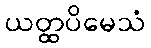
ယတ္ထပိမေသံ